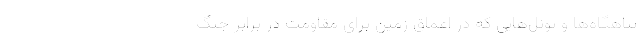
پناهگاه‌ها و تونل‌هایی که در اعماق زمین برای مقاومت در برابر جنگ